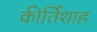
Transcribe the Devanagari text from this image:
कीर्तिशाह